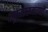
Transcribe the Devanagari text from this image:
रघुवरस्मरणीं